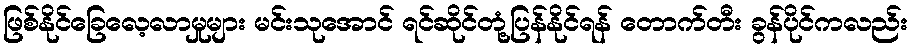
ဖြစ်နိုင်ခြေလေ့လာမှုများ မင်းသုအောင် ရင်ဆိုင်တုံ့ပြန်နိုင်ရန် တောက်တီး ခွန်ပိုင်ကလည်း